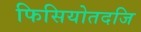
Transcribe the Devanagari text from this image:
फिसियोतदजि